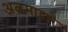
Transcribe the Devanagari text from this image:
अल्बमाद्वारे